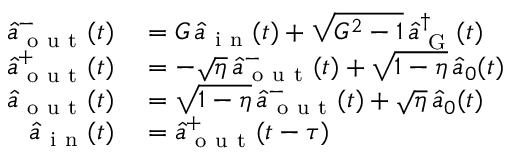
\begin{array} { r l } { \hat { a } _ { \mathrm { ~ o ~ u ~ t ~ } } ^ { - } ( t ) } & { { } = G \, \hat { a } _ { \mathrm { ~ i ~ n ~ } } ( t ) + \sqrt { G ^ { 2 } - 1 } \, \hat { a } _ { \mathrm { ~ G ~ } } ^ { \dagger } ( t ) } \\ { \hat { a } _ { \mathrm { ~ o ~ u ~ t ~ } } ^ { + } ( t ) } & { { } = - \sqrt { \eta } \, \hat { a } _ { \mathrm { ~ o ~ u ~ t ~ } } ^ { - } ( t ) + \sqrt { 1 - \eta } \, \hat { a } _ { 0 } ( t ) } \\ { \hat { a } _ { \mathrm { ~ o ~ u ~ t ~ } } ( t ) } & { { } = \sqrt { 1 - \eta } \, \hat { a } _ { \mathrm { ~ o ~ u ~ t ~ } } ^ { - } ( t ) + \sqrt { \eta } \, \hat { a } _ { 0 } ( t ) } \\ { \hat { a } _ { \mathrm { ~ i ~ n ~ } } ( t ) } & { { } = \hat { a } _ { \mathrm { ~ o ~ u ~ t ~ } } ^ { + } ( t - \tau ) } \end{array}